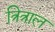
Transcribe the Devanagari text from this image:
त्रित्राल